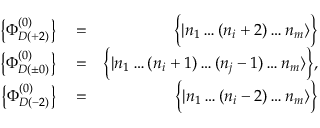
\begin{array} { r l r } { \left\{ \Phi _ { D ( + 2 ) } ^ { ( 0 ) } \right\} } & { { } = } & { \Big \{ | n _ { 1 } \dots ( n _ { i } + 2 ) \dots n _ { m } \rangle \Big \} } \\ { \left\{ \Phi _ { D ( \pm 0 ) } ^ { ( 0 ) } \right\} } & { { } = } & { \Big \{ | n _ { 1 } \dots ( n _ { i } + 1 ) \dots ( n _ { j } - 1 ) \dots n _ { m } \rangle \Big \} , } \\ { \left\{ \Phi _ { D ( - 2 ) } ^ { ( 0 ) } \right\} } & { { } = } & { \Big \{ | n _ { 1 } \dots ( n _ { i } - 2 ) \dots n _ { m } \rangle \Big \} } \end{array}